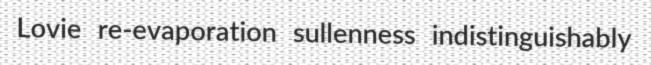
Lovie re-evaporation sullenness indistinguishably